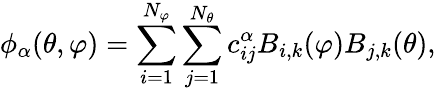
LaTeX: \phi_{\alpha}(\theta,\varphi)=\sum_{i=1}^{N_{\varphi}}\sum_{j=1}^{N_{\theta}}c_{ij}^{\alpha}B_{i,k}(\varphi)B_{j,k}(\theta),